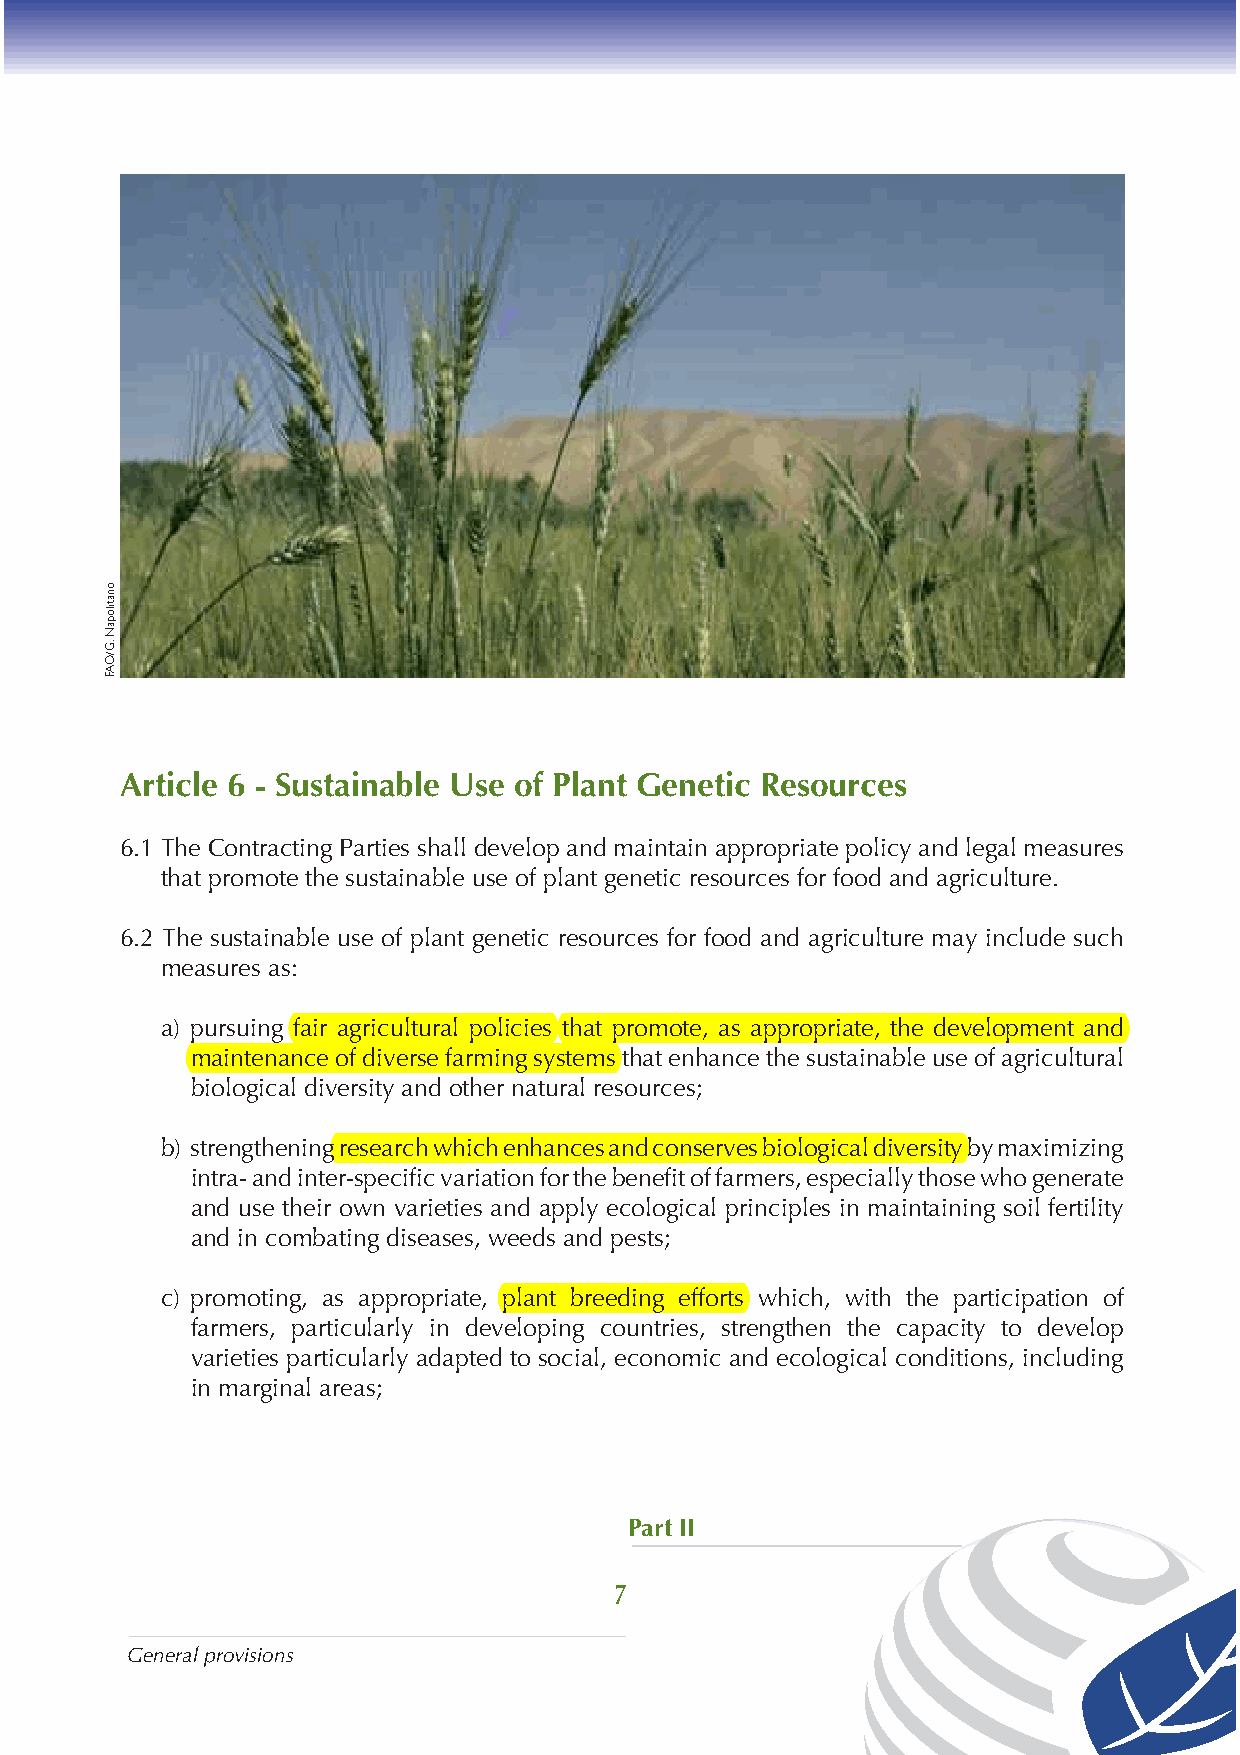
Article 6 - Sustainable Use of Plant Genetic Resources
 6.1 The Contracting Parties shall develop and maintain appropriate policy and legal measures
 that promote the sustainable use of plant genetic resources for food and agriculture.
 6.2 The sustainable use of plant genetic resources for food and agriculture may include such
 measures as:
 a) pursuing fair agricultural policies that promote, as appropriate, the development and
 maintenance of diverse farming systems that enhance the sustainable use of agricultural
 biological diversity and other natural resources;
 b) strengthening research which enhances and conserves biological diversity by maximizing
 intra- and inter-specific variation for the benefit of farmers, especially those who generate
 and use their own varieties and apply ecological principles in maintaining soil fertility
 and in combating diseases, weeds and pests;
 c) promoting, as appropriate, plant breeding efforts which, with the participation of
 farmers, particularly in developing countries, strengthen the capacity to develop
 varieties particularly adapted to social, economic and ecological conditions, including
 in marginal areas;
 Part II
 7
 General provisions
 onatilopaN
 .G/OAF